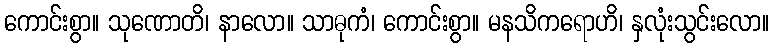
ကောင်းစွာ။ သုဏောတိ၊ နာလော။ သာဓုကံ၊ ကောင်းစွာ။ မနသိကရောဟိ၊ နှလုံးသွင်းလော။